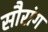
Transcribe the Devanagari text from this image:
सौरांग